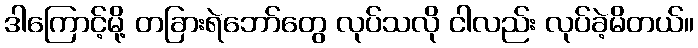
ဒါကြောင့်မို့ တခြားရဲဘော်တွေ လုပ်သလို ငါလည်း လုပ်ခဲ့မိတယ်။